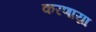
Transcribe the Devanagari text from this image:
करणाय्रा